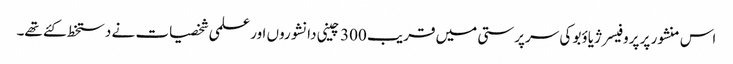
اس منشور پر پروفیسر ژیاؤبو کی سرپرستی میں قریب 300 چینی دانشوروں اور علمی شخصیات نے دستخط کئے تھے۔